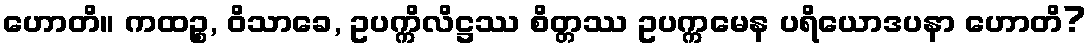
ဟောတိ။ ကထဉ္စ, ဝိသာခေ, ဥပက္ကိလိဋ္ဌဿ စိတ္တဿ ဥပက္ကမေန ပရိယောဒပနာ ဟောတိ?